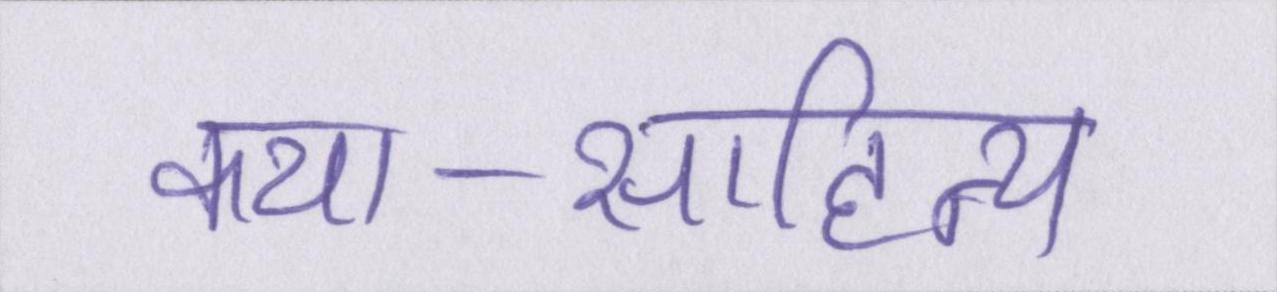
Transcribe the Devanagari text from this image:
कथा-साहित्य